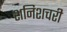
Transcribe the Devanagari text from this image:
शनिशचरी